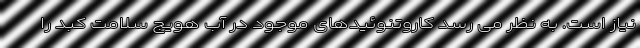
نیاز است. به نظر می رسد کاروتنوئیدهای موجود در آب هویج سلامت کبد را